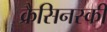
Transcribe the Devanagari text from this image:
क्रैसिनस्की